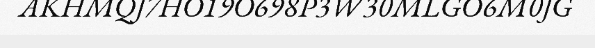
AKHMQJ7HO19O698P3W30MLGO6M0JG